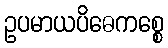
ဥပမာယပိဓေကစ္စေ